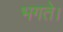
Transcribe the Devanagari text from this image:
भगते।